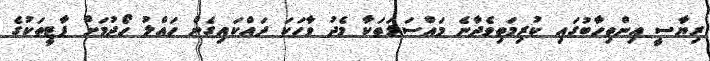
ރިޔާސީ އިންތިހާބުގައި ކުރިމަތިވެދާނެ މައްސަލަތަކާ މެދު ވާހަކަ ދައްކައިގެން ހައްލު ހޯދުމަށް ޕާޓީތަކުގެ